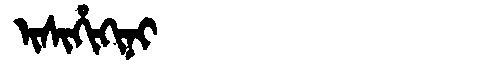
Manchu: ᡳᠰᡳᡥᡳᡴᡳᠨᡳ
Romanization: ISIHIKINI